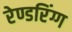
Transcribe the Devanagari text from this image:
रेण्डरिंग्ग